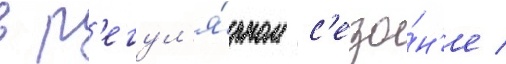
в р'егул'я́рном с'езо́н'е /